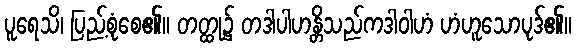
ပူရေသိ၊ ပြည့်စုံစေ၏။ တတ္ထု၌ တဒါပါဟန္တိသည်ကဒါဝါဟံ ဟံဟူသောပုဒ်၏။